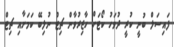
ފައިސަލް ބުނީ ކުރީ ދުވަހު ކޯޓަށް ހާޒިރުވާން ޗިޓް ނުލިބޭ ކަމަށާއި ޗިޓް